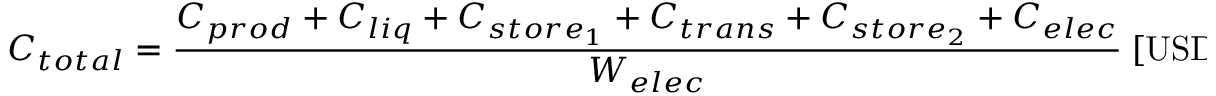
C _ { t o t a l } = \frac { C _ { p r o d } + C _ { l i q } + C _ { s t o r e _ { 1 } } + C _ { t r a n s } + C _ { s t o r e _ { 2 } } + C _ { e l e c } } { W _ { e l e c } } \ [ \mathrm { U S D } \cdot \mathrm { k W h } ^ { - 1 } ] \, .